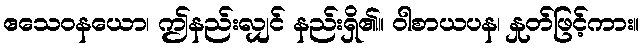
ဧသေဝနယော၊ ဤနည်းလျှင် နည်းရှိ၏။ ဝါစာယပန၊ နှုတ်ဖြင့်ကား။